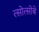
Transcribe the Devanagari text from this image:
त्सोत्सोबे